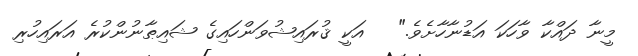
މީނާ ދައްކާ ވާހަކަ އަޑުނާހާށެވެ."   އަކީ ޤުރައިޝުވަންހައިގެ ޝައިޠާނުންކުރެ އަރައިހުރި